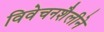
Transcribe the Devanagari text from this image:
विवेचनशैलीने